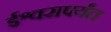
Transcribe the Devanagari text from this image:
ईश्वरापर्यंत